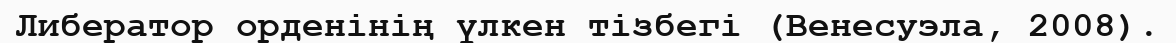
Либератор орденінің үлкен тізбегі (Венесуэла, 2008).